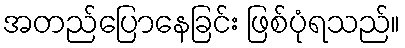
အတည်ပြောနေခြင်း ဖြစ်ပုံရသည်။